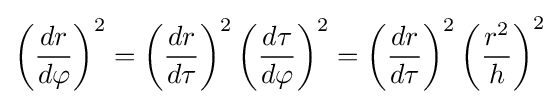
\left({\frac {dr}{d\varphi }}\right)^{2}=\left({\frac {dr}{d\tau }}\right)^{2}\left({\frac {d\tau }{d\varphi }}\right)^{2}=\left({\frac {dr}{d\tau }}\right)^{2}\left({\frac {r^{2}}{h}}\right)^{2}